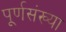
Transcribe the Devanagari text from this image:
पूर्णसंख्या